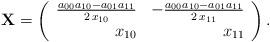
LaTeX: \begin{align*}\mathbf{X}=\left(\begin{array}{rr}\frac{a_{00}a_{10}-a_{01}a_{11}}{2\,x_{10}} & -\frac{a_{00}a_{10}-a_{01}a_{11}}{2\,x_{11}}\\x_{10} & x_{11}\end{array}\right).\end{align*}